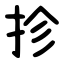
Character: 抮